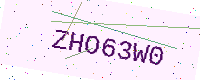
Text: ZHO63W0